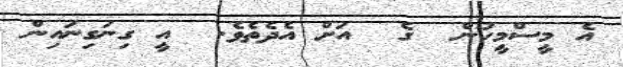
އެ މީސްމީހުން  ގެ  އަށް އެދެތެވެ.  އީ ގިނަގިނައިން